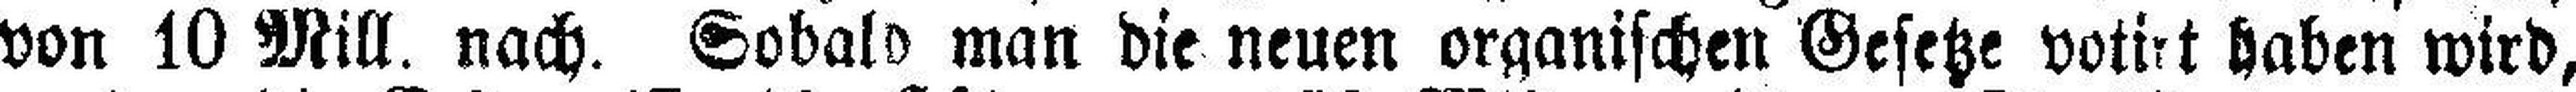
von 10 Mill. nach. Sobald man die neuen organischen Gesetze votirt haben wird,